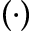
( \cdot )